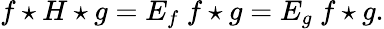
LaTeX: f\star H\star g=E_{f}~f\star g=E_{g}~f\star g.